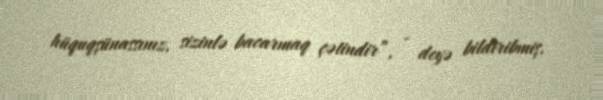
hüquqşünassınız, sizinlə bacarmaq çətindir”, - deyə bildiribmiş.